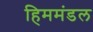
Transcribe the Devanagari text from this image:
हिममंडल